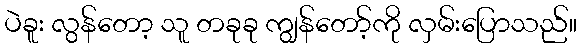
ပဲခူး လွန်တော့ သူ တခုခု ကျွန်တော့်ကို လှမ်းပြောသည်။